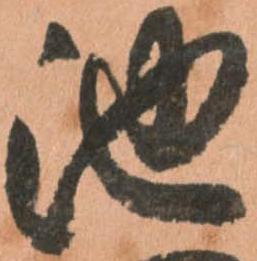
池